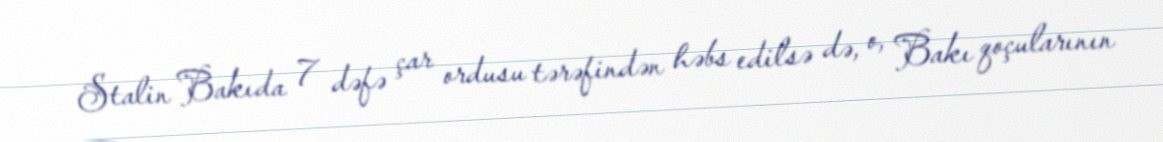
Stalin Bakıda 7 dəfə çar ordusu tərəfindən həbs edilsə də, o, Bakı qoçularının